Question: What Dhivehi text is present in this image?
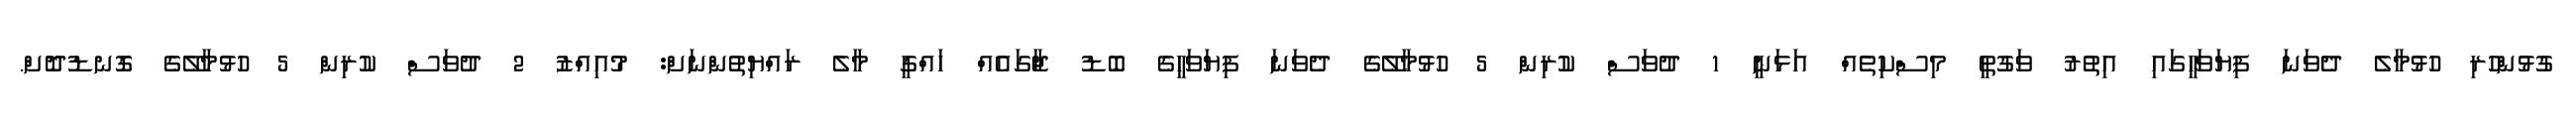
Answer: ގުޅުންހުރި ހުޅުމާލެ ދެވަނަ ފިޔަވަހީގައި އިތުރު ވަގުތީ މިސްކިތެއް އަޅަނީ 1 ދުވަސް ކުރިން 5 ހުޅުމާލޭގެ ދެވަނަ ފިޔަވަހީގެ ބޮޑު ޖާގައެއް ހައްގީ މާލެ ރައްޔިތުންނަށް: މުއިއްޒު 2 ދުވަސް ކުރިން 5 ހުޅުމާލޭގެ ގޮނޑުދޮށް.